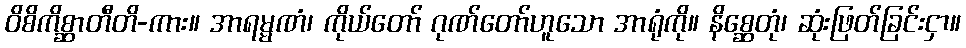
ဝိစိကိစ္ဆာတီတိ-ကား။ အာရမ္မဏံ၊ ကိုယ်တော် ဂုဏ်တော်ဟူသော အာရုံကို။ နိစ္ဆေတုံ၊ ဆုံးဖြတ်ခြင်းငှာ။